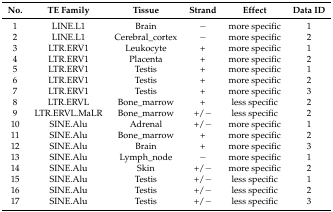
| No. | TE Family | Tissue | Strand | Effect | Data ID |
 | --- | --- | --- | --- | --- | --- |
 | 1 | LINE.L1 | Brain | − | more specific | 1 |
 | 2 | LINE.L1 | Cerebral_cortex | − | more specific | 2 |
 | 3 | LTR.ERV1 | Leukocyte | + | more specific | 1 |
 | 4 | LTR.ERV1 | Placenta | + | more specific | 2 |
 | 5 | LTR.ERV1 | Testis | + | more specific | 1 |
 | 6 | LTR.ERV1 | Testis | + | more specific | 2 |
 | 7 | LTR.ERV1 | Testis | + | more specific | 3 |
 | 8 | LTR.ERVL | Bone_marrow | + | less specific | 2 |
 | 9 | LTR.ERVL.MaLR | Bone_marrow | +/− | less specific | 2 |
 | 10 | SINE.Alu | Adrenal | +/− | more specific | 1 |
 | 11 | SINE.Alu | Bone_marrow | + | more specific | 2 |
 | 12 | SINE.Alu | Brain | + | more specific | 3 |
 | 13 | SINE.Alu | Lymph_node | − | more specific | 1 |
 | 14 | SINE.Alu | Skin | +/− | more specific | 2 |
 | 15 | SINE.Alu | Testis | +/− | less specific | 1 |
 | 16 | SINE.Alu | Testis | +/− | less specific | 2 |
 | 17 | SINE.Alu | Testis | +/− | less specific | 3 |